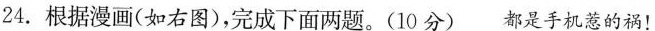
24.根据漫画(如右图)，完成下面两题。(10分) 都是手机惹的祸！